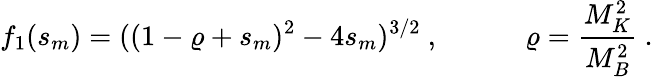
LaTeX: f_{1}(s_{m})=((1-\varrho+s_{m})^{2}-4s_{m})^{3/2}~,\qquad\quad\varrho=\frac{M_{K}^{2}}{M_{B}^{2}}~.